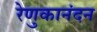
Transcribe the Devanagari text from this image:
रेणुकानंदन